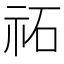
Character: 祏